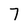
Character: 7